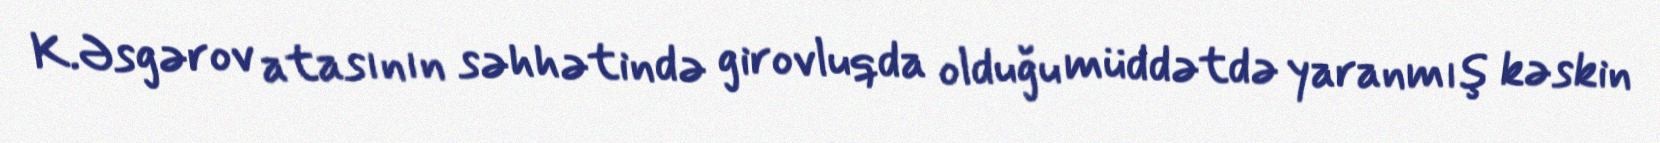
K.Əsgərov atasının səhhətində girovluqda olduğu müddətdə yaranmış kəskin